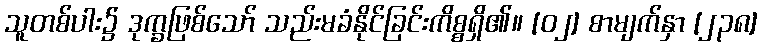
သူတစ်ပါး၌ ဒုက္ခဖြစ်သော် သည်းမခံနိုင်ခြင်းကိစ္စရှိ၏။ [၀၂] စာမျက်နှာ [၂၃၈]